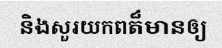
និងសួរយកពត៏មានឲ្យ